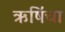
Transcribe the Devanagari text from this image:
ऋषिंचा